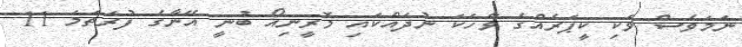
ނަމަވެސް ވަކި ކީޕަރެއްގެ ވާހަކަ ނުދައްކައި މޮރީނިއޯ ބުނީ އޭނާގެ ފުރަތަމަ 11